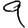
Digit: 9